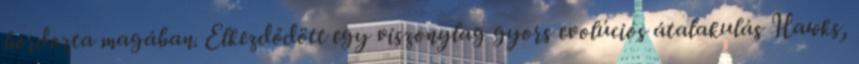
hordozta magában. Elkezdődött egy viszonylag gyors evolúciós átalakulás Hawks,